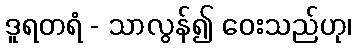
ဒူရတရံ - သာလွန်၍ ဝေးသည်ဟု၊